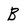
Character: B